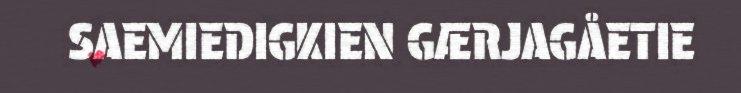
SAEMIEDIGKIEN GÆRJAGÅETIE